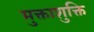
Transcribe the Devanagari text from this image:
मुक्ताशुक्ति